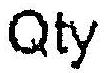
QTY